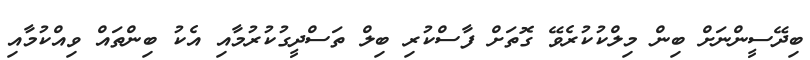
ބިދޭސީންނަށް ބިން މިލްކުކުރެވޭ ގޮތަށް ފާސްކުރި ބިލް ތަސްދީގުކުރުމާއި އެކު ބިންތައް ވިއްކުމާއި